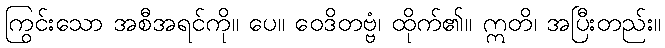
ကြွင်းသော အစီအရင်ကို။ ပေ။ ဝေဒိတဗ္ဗံ၊ ထိုက်၏။ ဣတိ၊ အပြီးတည်း။